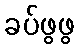
ခပ်ဖွဖွ